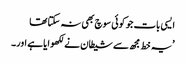
ایسی بات جو کوئی سوچ بھی نہ سکتا تھا
’یہ خط مجھ سے شیطان نے لکھوایا ہے اور۔